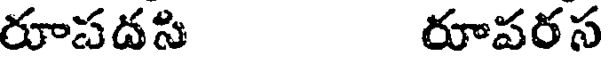
రూపదసి రూపరస